King Institute of Preventive Medicine Micro-Biological Section reports 1909-11
Year: 1909
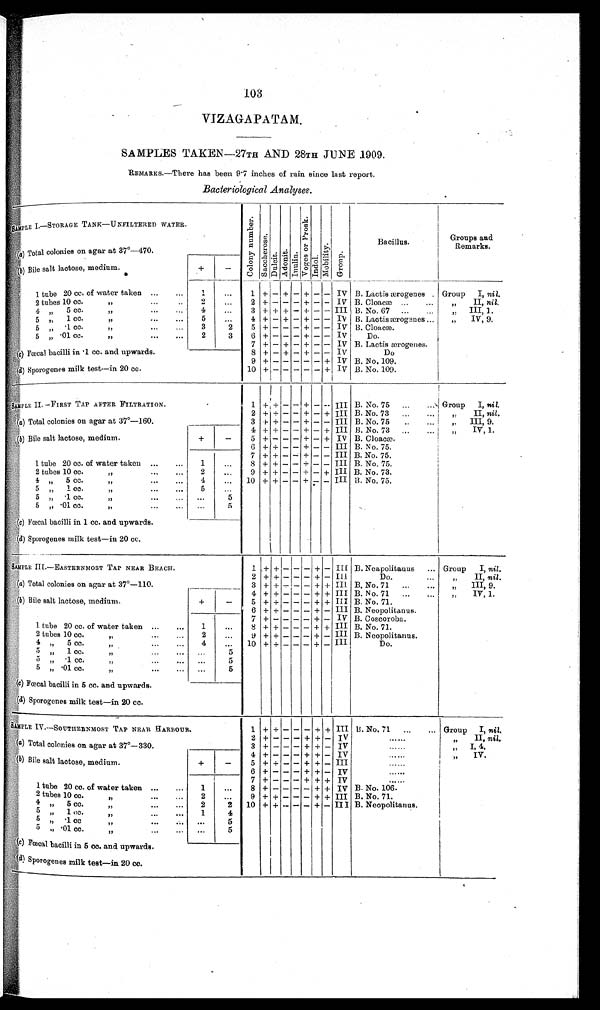
103
V I Z A G A P A T A M .
SAMPLES TAKEN—27TH AND 28TH JUNE 1909.
REMARKS.—There has been 9.7 inches of rain since last report.
Bacteriological Analyses.
SAMPLE I.—STORAGE TANK—UNFILTERED WATER.
C o l o n y n u m b e r
S a c c h e r o s o
Dulcit Adoni t Inulin
V o g e s o r P r o s k
I ndol
Mobility Group
Bacillus.
Groups and
Remarks.
(a) Total colonies on agar at 37º—470.
+
–
( b ) Bile salt lactose, medium.
1 tube 20 cc. of water taken ...
...
1
...
1
+ – + – +– – IV B. Lactis ærogenes . Group I, nil.
2 tubes 10 cc.
„
...
..
2
...
2 + – – – + – – IV B. Cloacæ
„
II, nil.
4 „ 5cc.
„
...
...
4
...
3 + + + – + – – III B. No. 67 ...
..
„ III, I .
5 ,,
1 cc.
„
...
...
5
...
4 + – + – + – – IV B. Lactis ærog nes ...
„
IV, 9.
5
1 cc.
,,
...
...
3
2
5 + – – – + – – IV l3. Cloac æ
5 , , . 0 1 c c . , , . . .
2
3
6 + – – – + – – IV
Do.
7 + – + – + – – IV B. Lactis ærogenes.
( c) Fœcal bacilli in .1 cc. and upwards.
8 + – + – + – – IV
Do
9 + - –– – + IV B. No. 109.
(d ) Sporogenes milk test--in 20 cc.
10 + - – – +– +
I V B. No. 109.
S A M P L E I I . — F I R S T
TAP AFTER FILTRATION.
1 + + – – + –- –-
I I I B. No. 75 ...
... Group I, nil.
2 + + – – + – + III B. No. 73 ...
...
„
II, nil
(a) Total colonies on agar at 37º—160.
3 + + – – + – – III B. No. 75 ..
...
,. III, 9.
4 + ++– – + – + III B. No. 73
„
IV, 1.
(b) Bile salt lactose, medium.
+
–
5 +' – – – + – + IV B. Cloacæ.
6 + + – – + – – III B. N o. 75.
7 + + –– +– – III B. No. 75.
1 tube 20 oe. of water taken ...
...
1
. . . .
8 +++++++ – – + – – III B. No. 75.
2 tubes 10cc.
„
...
...
2
...
9 + + – – + – + III B.No.73,
4 „ 5cc.
„
...
...
4
... 10 + + – – ++++++ – –
I I I B.No.75.
5 „ 1 cc.
„
5
5 „
. 1 c c .
, ,
. . .
. . . ...
5
5 „ .
0 1 c c .
, ,
. . .
. . .
(c) Fœcal bacilli in 1 cc. and upwards.
...
5
( d) Sporogenes milk test—in 20 cc.
SAMPLE III.—EASTERNMOST TAP NEAR BEACH.
1 +
+ – – – + – III B. Neapolitanus ... Group I, nil.
2 ++ – – – + – Ill
Do.
...
„
II, nil.
(a) Total colonies on agar at 37º—110
3 + + – – – + + III. B. No. 71 ...
...
„ III, 9.
+
–
4 + + – – – + + III B. No. 71 ...
...
„
IV, 1.
(b) Bile salt lactose, medium.
5 + + – – – + + IlI B. No. 71.
6 + + – – ––+ –
I I I B. Neopolitanus.
1 tube 20 cc. of water taken ...
...
1
...
7 + – – – – + – IV B. Coscoroba.
8 + + – – – + + III B. No. 71.
2 tubes 10 cc.,,.
2
...
9 + + – - – + – III B. Neopolitanus.
III
4
,,
5cc.
I
4
10 + + – – – + –
Do.
„ 1cc.
„
. . .
. . . 5
5
„ .1 cc. „ ... ...
. . . 5
. . . 5
5 „.. 01 cc....
(c) Fœcal bacilli in 5 cc. and upwards.
( d) Sporogenes milk test—in 20 cc.
SAMPLE IV.—SOUTHERNMOST TAP NEAR HARBOUR.
1 + + – – – + + III B. No. 71 ..,
... Group I, nil.
2 + – – – – – +
I V
„
II, n i l . .
(a) Total colonies on agar at 37º—330.
3 + – – – + + – IV
.......
I,
4.
4 + – – – – + – IV
......
,, IV.
(b) Bile salt lactose, medium.
+
–
5 + + – – + + – III
......
6 + – – – + + – IV
......
1 tube 20 cc, of water taken ...
...
1
...
7 + – – – + + – IV
. . . . . .
8 + – – – – + + IV B. No. 106.
2
...
9 + + – – – + + III B. No. 71.
2 tubes 10 cc.„
...
...
III B. Neopolitanus .
4 „ 5cc.... ,,
2
2 10 + + – – – +
5 „ 1 ce.
,,
...
...
1
4
5 „
. 1
c c
. . .
. . . ......
5
5 , '.01 cc. „ . . .
. . . 5
( c) Fœcal bacilli in 5 cc. and upwards.
(d) Sporogenes milk test—in 20 cc.